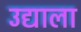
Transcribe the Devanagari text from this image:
उद्याला